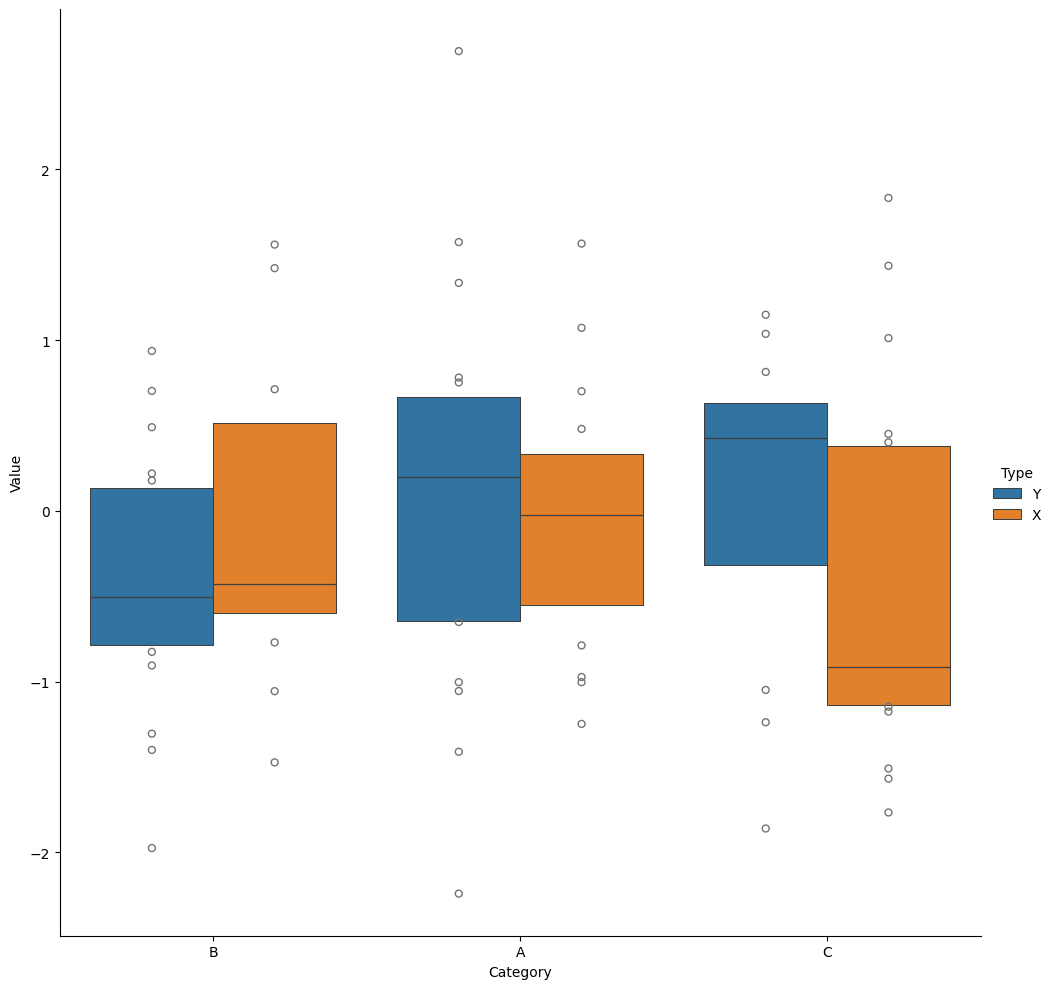
python, seaborn, catplot, kind='boxen', height=10, aspect=1